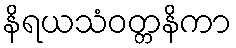
နိရယသံဝတ္တနိကာ